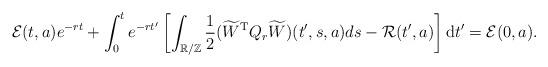
LaTeX: \begin{align*}\mathcal{E}(t,a)e^{-rt}+\int^{t}_{0}e^{-rt'}\left[\int_{\mathbb{R/Z}}\frac{1}{2}(\widetilde{W}^{{\rm T}}Q_{r}\widetilde{W})(t',s,a)ds - \mathcal{R}(t',a)\right]{\rm d}t' =\mathcal{E}(0,a).\end{align*}